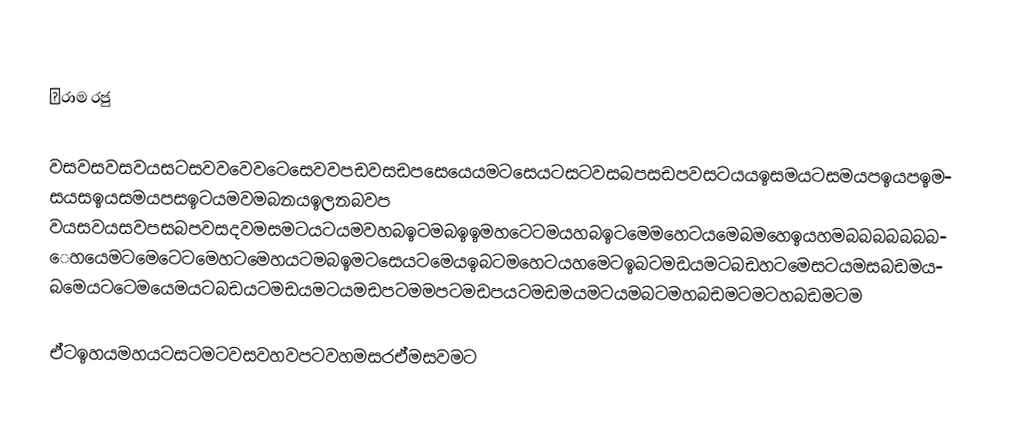
ċරාම රජු

වසවසවසවයසටසවවවෙවටෙසෙවවපඩවසඩපසෙයෙයමටසෙයටසටවසබපසඩපවසටයයඉසමයටසමයපඉයපඉමසයසඉයසමයපසඉටයමවමබනයඉලනබවප වයසවයසවපසබපවසදවමසමටයටයමවහබඉටමබඉඉමහටෙටමයහබඉටමෙමහෙටයමෙබමහෙඉයහමබබබබබබබෙහයෙමටමෙටෙටමෙහටමෙහයටමබඉමටසෙයටමෙයඉබටමහෙටයහමෙටඉබටමඩයමටබඩහටමෙසටයමසබඩමයබමෙයටටෙමයෙමයටබඩයටමඩයමටයමඩපටමමපටමඩපයටමඩමයමටයමබටමහබඩමටමටහබඩමටම

ඒටඉහයමහයටසටමටවසවහවපටවහමසරඒමසවමට